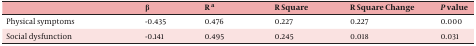
<table><thead><tr><td>[EMPTY_CELL]</td><td><b>β</b></td><td><b>R <sup>a</sup></b></td><td><b>R Square</b></td><td><b>R Square Change</b></td><td><b><i>P</i> value</b></td></tr></thead><tbody><tr><td>Physical symptoms</td><td>-0.435</td><td>0.476</td><td>0.227</td><td>0.227</td><td>0.000</td></tr><tr><td>Social dysfunction</td><td>-0.141</td><td>0.495</td><td>0.245</td><td>0.018</td><td>0.031</td></tr></tbody></table>